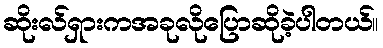
ဆိုးလ်ရှားကအခုလိုပြောဆိုခဲ့ပါတယ်။